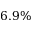
6 . 9 \%